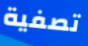
تصفية